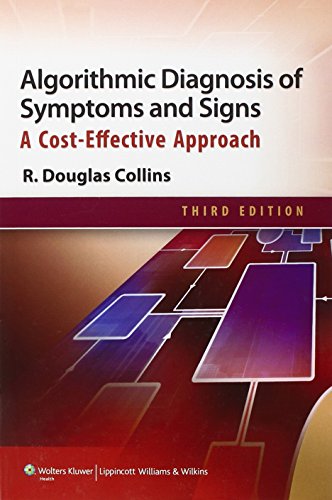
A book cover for Algorithmic Diagnosis of Symptoms and Signs: A Cost-Effective Approach; R. Douglas Collins; Computers & Technology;